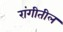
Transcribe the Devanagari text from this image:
रांगीतील